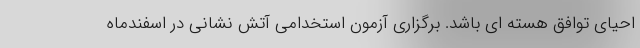
احیای توافق هسته ای باشد. برگزاری آزمون استخدامی آتش نشانی در اسفندماه